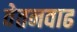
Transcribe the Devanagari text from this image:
वेतनवाढ